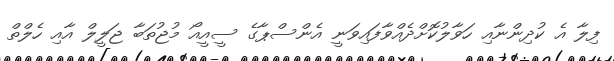
ފިލާ އެ ކުދިންނާއި ހަވާލުކޮށްދެއްވާފައިވަނީ އެންސްޕާގެ ސީއީއޯ މުޖުތަބާ ޖަލީލް އާއި ހެލްތް